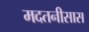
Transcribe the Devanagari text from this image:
मदतनीसास